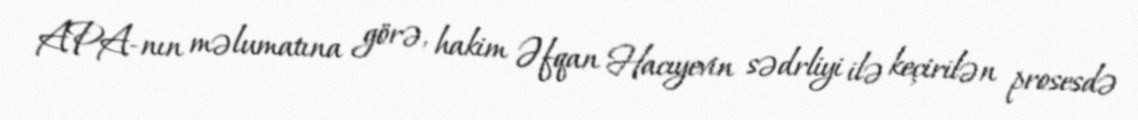
APA-nın məlumatına görə, hakim Əfqan Hacıyevin sədrliyi ilə keçirilən prosesdə